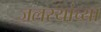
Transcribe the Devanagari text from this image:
जलस्यांच्या